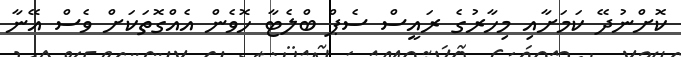
ކޮށްނުދޭ ކަމަށާއި މިހާރުގެ ރައީސް ސެޕް ބްލެޓާ ހޮވެން އެއްގޮތަކަށް ވެސް އޭނާ